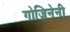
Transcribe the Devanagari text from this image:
गोजिनेनी